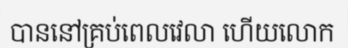
បាននៅគ្រប់ពេលវេលា ហើយលោក